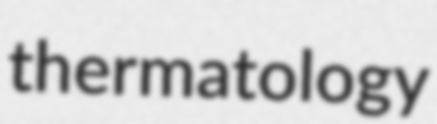
thermatology